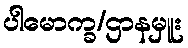
ပါမောက္ခ/ဌာနမှူး